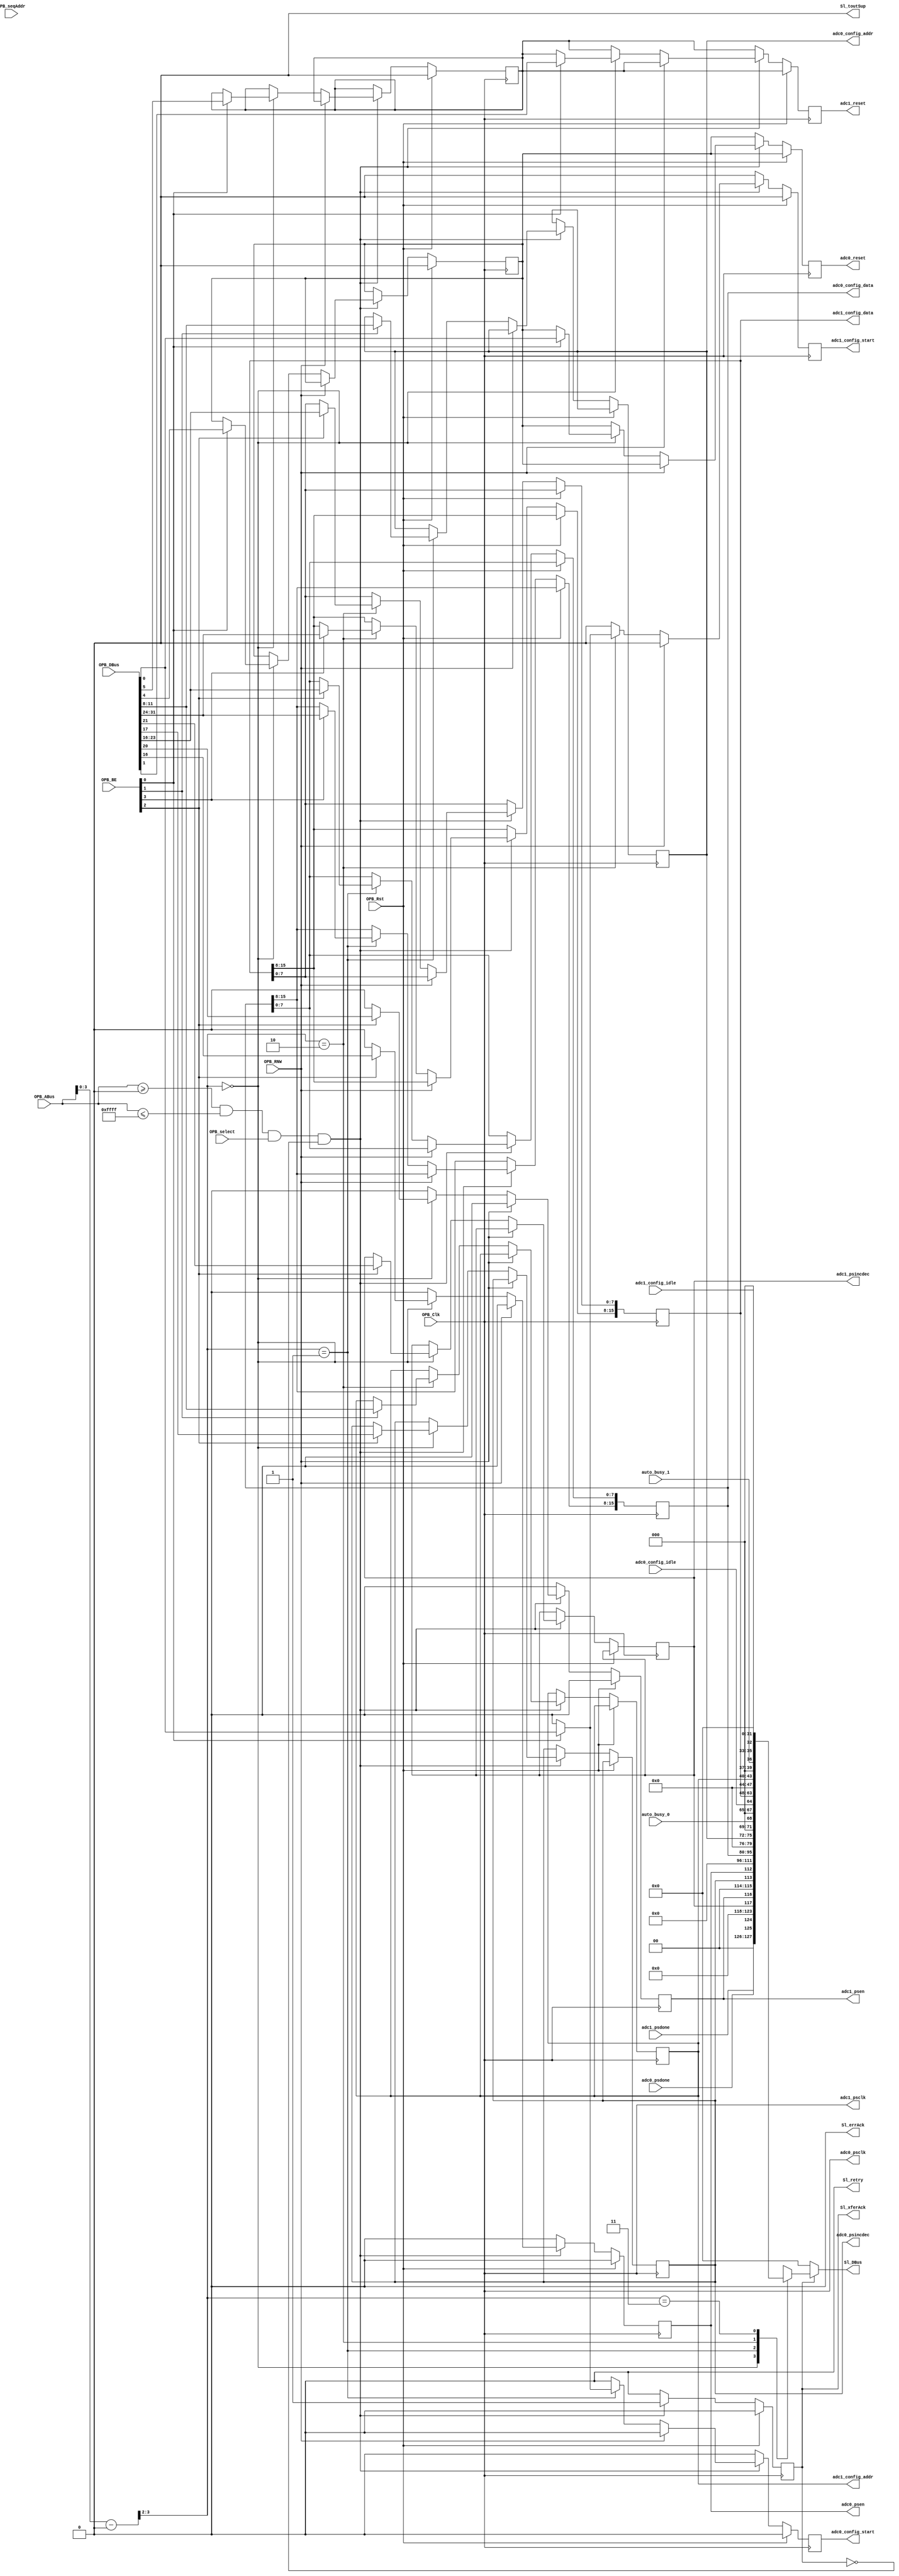
`timescale 1ns/10ps

module opb_attach #(
    parameter C_BASEADDR    = 32'h00000000,
    parameter C_HIGHADDR    = 32'h0000FFFF,
    parameter C_OPB_AWIDTH  = 32,
    parameter C_OPB_DWIDTH  = 32
  ) (
    input         OPB_Clk,
    input         OPB_Rst,
    output [0:31] Sl_DBus,
    output        Sl_errAck,
    output        Sl_retry,
    output        Sl_toutSup,
    output        Sl_xferAck,
    input  [0:31] OPB_ABus,
    input  [0:3]  OPB_BE,
    input  [0:31] OPB_DBus,
    input         OPB_RNW,
    input         OPB_select,
    input         OPB_seqAddr,
    output        adc0_reset,
    output        adc1_reset,

    output        adc0_psen,
    output        adc0_psincdec,
    output        adc0_psclk,
    input         adc0_psdone,

    output        adc1_psen,
    output        adc1_psincdec,
    output        adc1_psclk,
    input         adc1_psdone,

    output [15:0] adc0_config_data,
    output  [3:0] adc0_config_addr,
    output        adc0_config_start,
    input         adc0_config_idle,

    output [15:0] adc1_config_data,
    output  [3:0] adc1_config_addr,
    output        adc1_config_start,
    input         adc1_config_idle,

    input         auto_busy_0,
    input         auto_busy_1
  );

  /************ OPB Logic ***************/

  wire addr_match = OPB_ABus >= C_BASEADDR && OPB_ABus <= C_HIGHADDR;
  wire [31:0] opb_addr = OPB_ABus - C_BASEADDR;

  reg opb_ack;

  /*** Registers ****/

  reg adc0_reset_reg;
  reg adc1_reset_reg;
  assign adc0_reset = adc0_reset_reg;
  assign adc1_reset = adc1_reset_reg;

  reg adc0_dcm_psen_reg;
  reg adc0_dcm_psincdec_reg;
  assign adc0_psen     = adc0_dcm_psen_reg;
  assign adc0_psincdec = adc0_dcm_psincdec_reg;
  assign adc0_psclk    = OPB_Clk;

  reg adc1_dcm_psen_reg;
  reg adc1_dcm_psincdec_reg;
  assign adc1_psen     = adc1_dcm_psen_reg;
  assign adc1_psincdec = adc1_dcm_psincdec_reg;
  assign adc1_psclk    = OPB_Clk;

  reg [15:0] adc0_config_data_reg;
  reg  [3:0] adc0_config_addr_reg;
  reg        adc0_config_start_reg;
  assign adc0_config_data  = adc0_config_data_reg;
  assign adc0_config_addr  = adc0_config_addr_reg;
  assign adc0_config_start = adc0_config_start_reg;

  reg [15:0] adc1_config_data_reg;
  reg  [3:0] adc1_config_addr_reg;
  reg        adc1_config_start_reg;
  assign adc1_config_data  = adc1_config_data_reg;
  assign adc1_config_addr  = adc1_config_addr_reg;
  assign adc1_config_start = adc1_config_start_reg;

  reg adc0_reset_hold;
  reg adc1_reset_hold;

  always @(posedge OPB_Clk) begin
    opb_ack <= 1'b0;
    
    adc0_reset_reg <= adc0_reset_hold;
    adc1_reset_reg <= adc1_reset_hold;

    adc0_dcm_psen_reg <= 1'b0;
    adc1_dcm_psen_reg <= 1'b0;

    adc0_config_start_reg <= 1'b0;
    adc1_config_start_reg <= 1'b0;

    if (OPB_Rst) begin
      adc0_reset_hold <= 1'b0;
      adc1_reset_hold <= 1'b0;
    end else begin
      if (addr_match && OPB_select && !opb_ack) begin
        opb_ack <= 1'b1;
        if (!OPB_RNW) begin
          case (opb_addr[3:2])
            0:  begin
              if (OPB_BE[3]) begin
                adc0_reset_reg <= OPB_DBus[31];
                adc1_reset_reg <= OPB_DBus[30];

                adc0_reset_hold <= OPB_DBus[27];
                adc1_reset_hold <= OPB_DBus[26];
              end
              if (OPB_BE[1]) begin
                adc0_dcm_psen_reg <= OPB_DBus[15];
                adc1_dcm_psen_reg <= OPB_DBus[11];
                adc0_dcm_psincdec_reg <= OPB_DBus[14];
                adc1_dcm_psincdec_reg <= OPB_DBus[10];
              end
            end
            1:  begin
              if (OPB_BE[3]) begin
                adc0_config_start_reg <= OPB_DBus[31];
              end
              if (OPB_BE[2]) begin
                adc0_config_addr_reg <= OPB_DBus[20:23];
              end
              if (OPB_BE[1]) begin
                adc0_config_data_reg[7:0] <= OPB_DBus[8:15];
              end
              if (OPB_BE[0]) begin
                adc0_config_data_reg[15:8] <= OPB_DBus[0:7];
              end
            end
            2:  begin
              if (OPB_BE[3]) begin
                adc1_config_start_reg <= OPB_DBus[31];
              end
              if (OPB_BE[2]) begin
                adc1_config_addr_reg <= OPB_DBus[20:23];
              end
              if (OPB_BE[1]) begin
                adc1_config_data_reg[7:0] <= OPB_DBus[8:15];
              end
              if (OPB_BE[0]) begin
                adc1_config_data_reg[15:8] <= OPB_DBus[0:7];
              end
            end
            3:  begin
            end
          endcase
        end
      end
    end
  end

  reg [31:0] opb_data_out;

  always @(*) begin
    case (opb_addr[3:2])
      0: opb_data_out <= {2'b0, adc1_psdone, adc0_psdone, 4'b0, 2'b0, adc1_dcm_psincdec_reg, adc1_dcm_psen_reg, 2'b0, adc0_dcm_psincdec_reg, adc0_dcm_psen_reg, 16'b0};
      1: opb_data_out <= {adc0_config_data[15:8], adc0_config_data[7:0], 4'b0, adc0_config_addr, 3'b0, auto_busy_0, 3'b0, adc0_config_idle};
      2: opb_data_out <= {adc1_config_data[15:8], adc1_config_data[7:0], 4'b0, adc1_config_addr, 3'b0, auto_busy_1, 3'b0, adc1_config_idle};
      3: opb_data_out <= {32'b0};
    endcase
  end

  assign Sl_DBus     = Sl_xferAck ? opb_data_out : 32'b0;
  assign Sl_errAck   = 1'b0;
  assign Sl_retry    = 1'b0;
  assign Sl_toutSup  = 1'b0;
  assign Sl_xferAck  = opb_ack;


endmodule